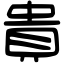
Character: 貴